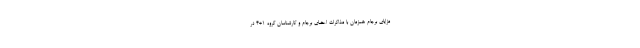
مزایای برجام همزمان با مذاکرات اعضای برجام و کارشناسان گروه ۱+۴ در